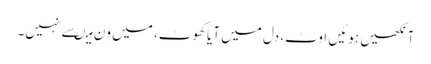
آنکھیں ہوئیں اوٹ، دل میں آیاکھوٹ، میں وِن میںسے نہیں۔